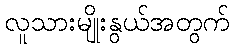
လူသားမျိုးနွယ်အတွက်